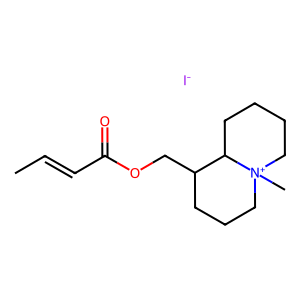
SMILES: CC=CC(=O)OCC1CCC[N+]2(C)CCCCC12.[I-]
Inhibits HIV replication: No